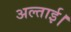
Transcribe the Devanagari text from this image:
अल्ताई।